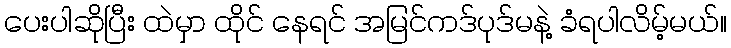
ပေးပါဆိုပြီး ထဲမှာ ထိုင် နေရင် အမြင်ကဒ်ပုဒ်မနဲ့ ခံရပါလိမ့်မယ်။